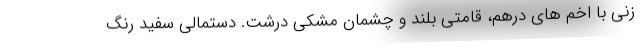
زنی با اخم های درهم، قامتی بلند و چشمان مشکی درشت. دستمالی سفید رنگ